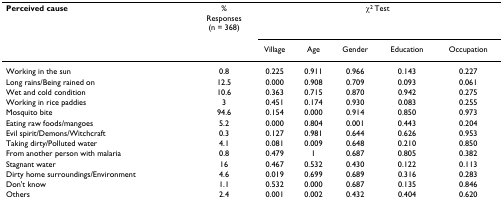
<table><thead><tr><td><b>Perceived cause</b></td><td><b>%Responses(n = 368)</b></td><td colspan="5"><b>χ<sup>2 </sup>Test</b></td></tr><tr><td></td><td></td><td><b>Village</b></td><td><b>Age</b></td><td><b>Gender</b></td><td><b>Education</b></td><td><b>Occupation</b></td></tr></thead><tbody><tr><td>Working in the sun</td><td>0.8</td><td>0.225</td><td>0.911</td><td>0.966</td><td>0.143</td><td>0.227</td></tr><tr><td>Long rains/Being rained on</td><td>12.5</td><td>0.000</td><td>0.908</td><td>0.709</td><td>0.093</td><td>0.061</td></tr><tr><td>Wet and cold condition</td><td>10.6</td><td>0.363</td><td>0.715</td><td>0.870</td><td>0.942</td><td>0.275</td></tr><tr><td>Working in rice paddies</td><td>3</td><td>0.451</td><td>0.174</td><td>0.930</td><td>0.083</td><td>0.255</td></tr><tr><td>Mosquito bite</td><td>94.6</td><td>0.154</td><td>0.000</td><td>0.914</td><td>0.850</td><td>0.973</td></tr><tr><td>Eating raw foods/mangoes</td><td>5.2</td><td>0.000</td><td>0.804</td><td>0.001</td><td>0.443</td><td>0.204</td></tr><tr><td>Evil spirit/Demons/Witchcraft</td><td>0.3</td><td>0.127</td><td>0.981</td><td>0.644</td><td>0.626</td><td>0.953</td></tr><tr><td>Taking dirty/Polluted water</td><td>4.1</td><td>0.081</td><td>0.009</td><td>0.648</td><td>0.210</td><td>0.850</td></tr><tr><td>From another person with malaria</td><td>0.8</td><td>0.479</td><td>1</td><td>0.687</td><td>0.805</td><td>0.382</td></tr><tr><td>Stagnant water</td><td>16</td><td>0.467</td><td>0.532</td><td>0.430</td><td>0.122</td><td>0.113</td></tr><tr><td>Dirty home surroundings/Environment</td><td>4.6</td><td>0.019</td><td>0.699</td><td>0.689</td><td>0.316</td><td>0.283</td></tr><tr><td>Don&#x27;t know</td><td>1.1</td><td>0.532</td><td>0.000</td><td>0.687</td><td>0.135</td><td>0.846</td></tr><tr><td>Others</td><td>2.4</td><td>0.001</td><td>0.002</td><td>0.432</td><td>0.404</td><td>0.620</td></tr></tbody></table>